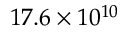
1 7 . 6 \times 1 0 ^ { 1 0 }